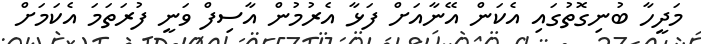
މަދީހާ ބުނިގޮތުގައި އެކަން އޭނާއަށް ފަޅާ އެރުމުން އާސިފް ވަނީ ފުރަތަމަ އެކަމަށް